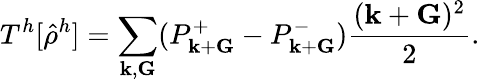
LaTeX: T^{h}[\hat{\rho}^{h}]=\sum_{{\mathbf k},{\mathbf G}}(P_{{\mathbf k}+{\mathbf G}}^{+}-P_{{\mathbf k}+{\mathbf G}}^{-})\frac{({\mathbf k}+{\mathbf G})^{2}}{2}.